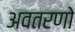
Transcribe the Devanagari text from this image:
अवतरणो